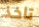
تاخذ